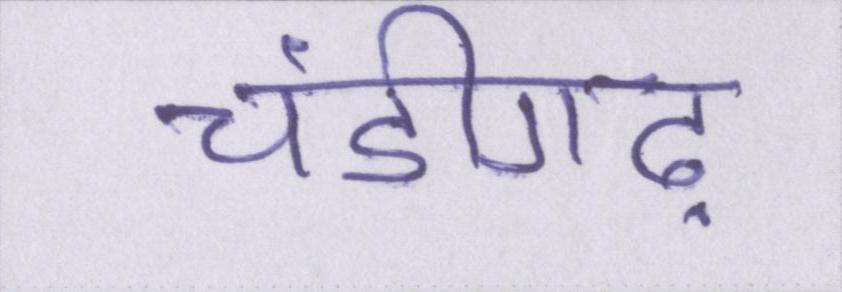
चंडीगढ़